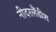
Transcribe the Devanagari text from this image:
नीदरलैंडीश